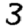
Digit: 3